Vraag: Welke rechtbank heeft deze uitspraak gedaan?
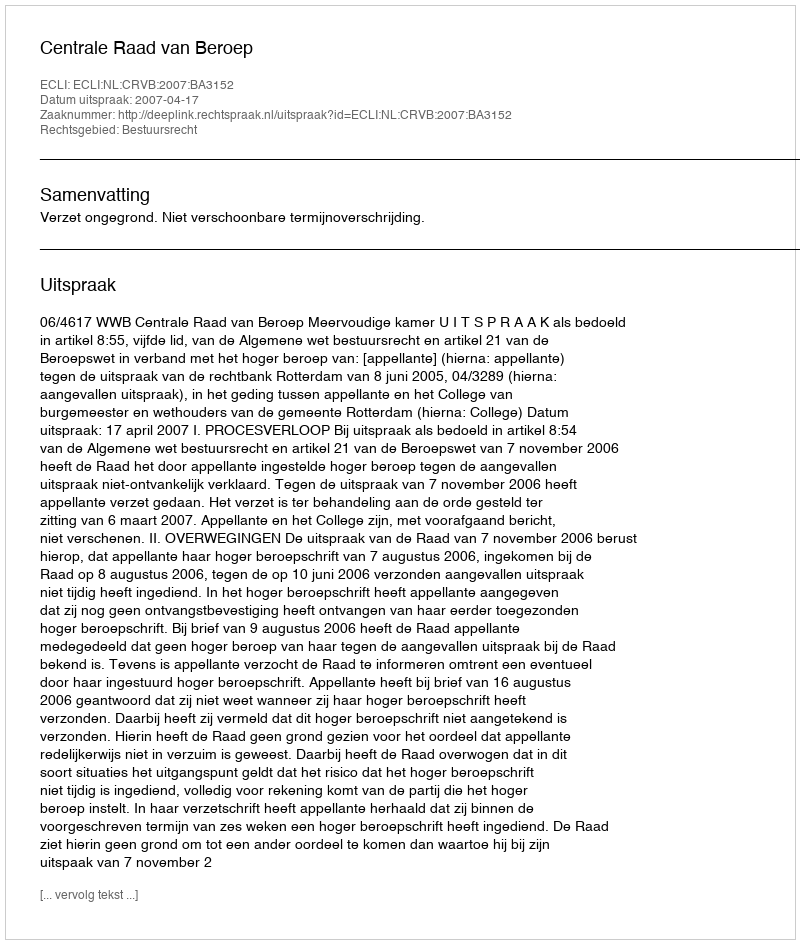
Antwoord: Centrale Raad van Beroep